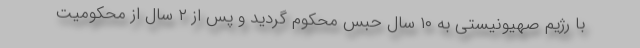
با رژیم صهیونیستی به ۱۰ سال حبس محکوم گردید و پس از ۲ سال از محکومیت